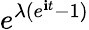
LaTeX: \! \, e^{\lambda(e^{\mathbf{i}t}-1)}